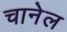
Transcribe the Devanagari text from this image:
चानेल